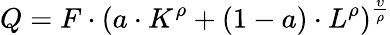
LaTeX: Q=F\cdot\left(a\cdot K^{\rho}+(1-a)\cdot L^{\rho}\right)^{\frac{\upsilon}{\rho}}